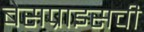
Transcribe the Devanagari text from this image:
बेसप्राइसची